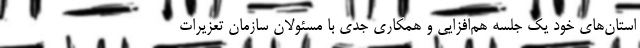
استان‌های خود یک جلسه هم‌افزایی و همکاری جدی با مسئولان سازمان تعزیرات